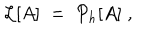
{ \cal { L } } [ A ] \; = \; { \cal { P } } _ { h } [ A ] \; ,